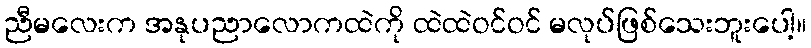
ညီမလေးက အနုပညာလောကထဲကို ထဲထဲဝင်ဝင် မလုပ်ဖြစ်သေးဘူးပေါ့။